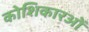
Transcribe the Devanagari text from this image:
कोशिकारओं